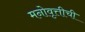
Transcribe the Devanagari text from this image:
मनोवृत्तीची